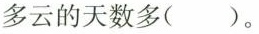
多云的天数多（）。